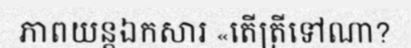
ភាពយន្តឯកសារ «តើត្រីទៅណា?